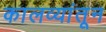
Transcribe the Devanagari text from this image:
कालव्यांतून